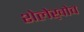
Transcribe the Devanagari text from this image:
शेलेख़ोव